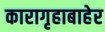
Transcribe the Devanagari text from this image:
कारागृहाबाहेर